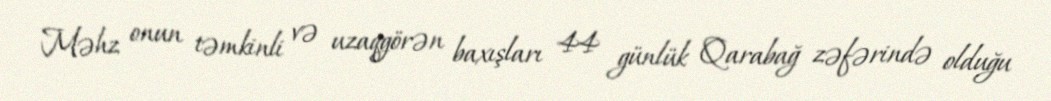
Məhz onun təmkinli və uzaqgörən baxışları 44 günlük Qarabağ zəfərində olduğu